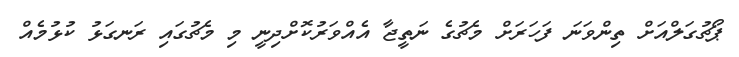
ޕޯޗުގަލްއަށް ތިންވަނަ ފަހަރަށް މެޗުގެ ނަތީޖާ އެއްވަރުކޮށްދިނީ މި މެޗުގައި ރަނގަޅު ކުޅުމެއް